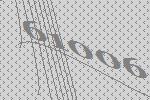
61006